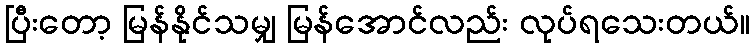
ပြီးတော့ မြန်နိုင်သမျှ မြန်အောင်လည်း လုပ်ရသေးတယ်။